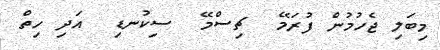
މިބަލި ޖެހުމުން ފުރަމޭ  ޗިސްމޭ  ސިކުނޑި  އަދި ހިތް